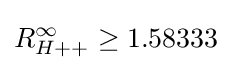
R_{H++}^{\infty }\geq 1.58333